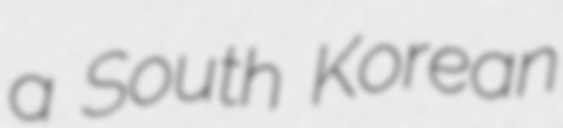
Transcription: a South Korean